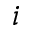
i